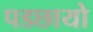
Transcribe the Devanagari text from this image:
पडछायो